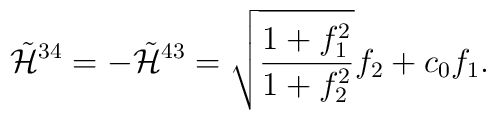
\tilde{{\cal H}}^{34}=-\tilde{{\cal H}}^{43}= \sqrt{\frac{1+f_1^2}{1+f_2^2}}f_2 + c_0 f_1. \nonumber